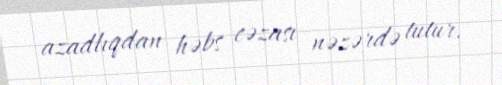
azadlıqdan həbs cəzası nəzərdə tutur.